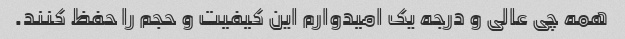
همه چی عالی و درجه یک امیدوارم این کیفیت و حجم را حفظ کنند.